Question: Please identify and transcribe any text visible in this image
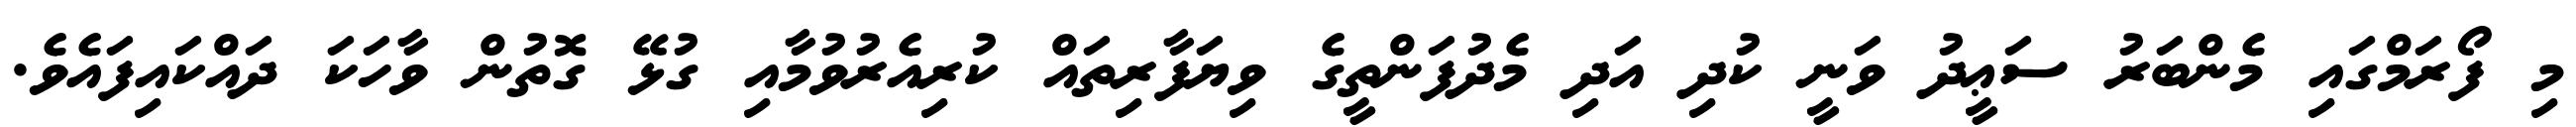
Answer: މި ފޯރަމްގައި މެންބަރު ސަޢީދު ވަނީ ކުދި އަދި މެދުފަންތީގެ ވިޔަފާރިތައް ކުރިއެރުވުމާއި ގުޅޭ ގޮތުން ވާހަކަ ދައްކައިފައެވެ.